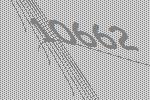
10662